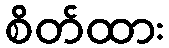
စိတ်ထား